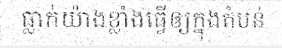
ធ្លាក់យ៉ាងខ្លាំងធ្វើឲ្យក្នុងតំបន់